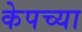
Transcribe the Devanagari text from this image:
केपच्या